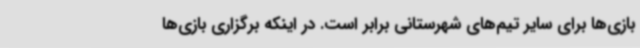
بازی‌ها برای سایر تیم‌های شهرستانی برابر است. در اینکه برگزاری بازی‌ها